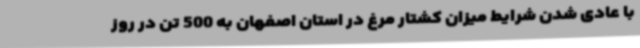
با عادی شدن شرایط میزان کشتار مرغ در استان اصفهان به 500 تن در روز